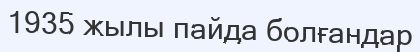
1935 жылы пайда болғандар